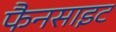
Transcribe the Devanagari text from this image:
फैनसाइट